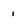
Character: i